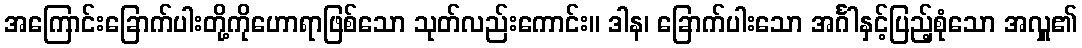
အကြောင်းခြောက်ပါးတို့ကိုဟောရာဖြစ်သော သုတ်လည်းကောင်း။ ဒါန၊ ခြောက်ပါးသော အင်္ဂါနှင့်ပြည့်စုံသော အလှူ၏